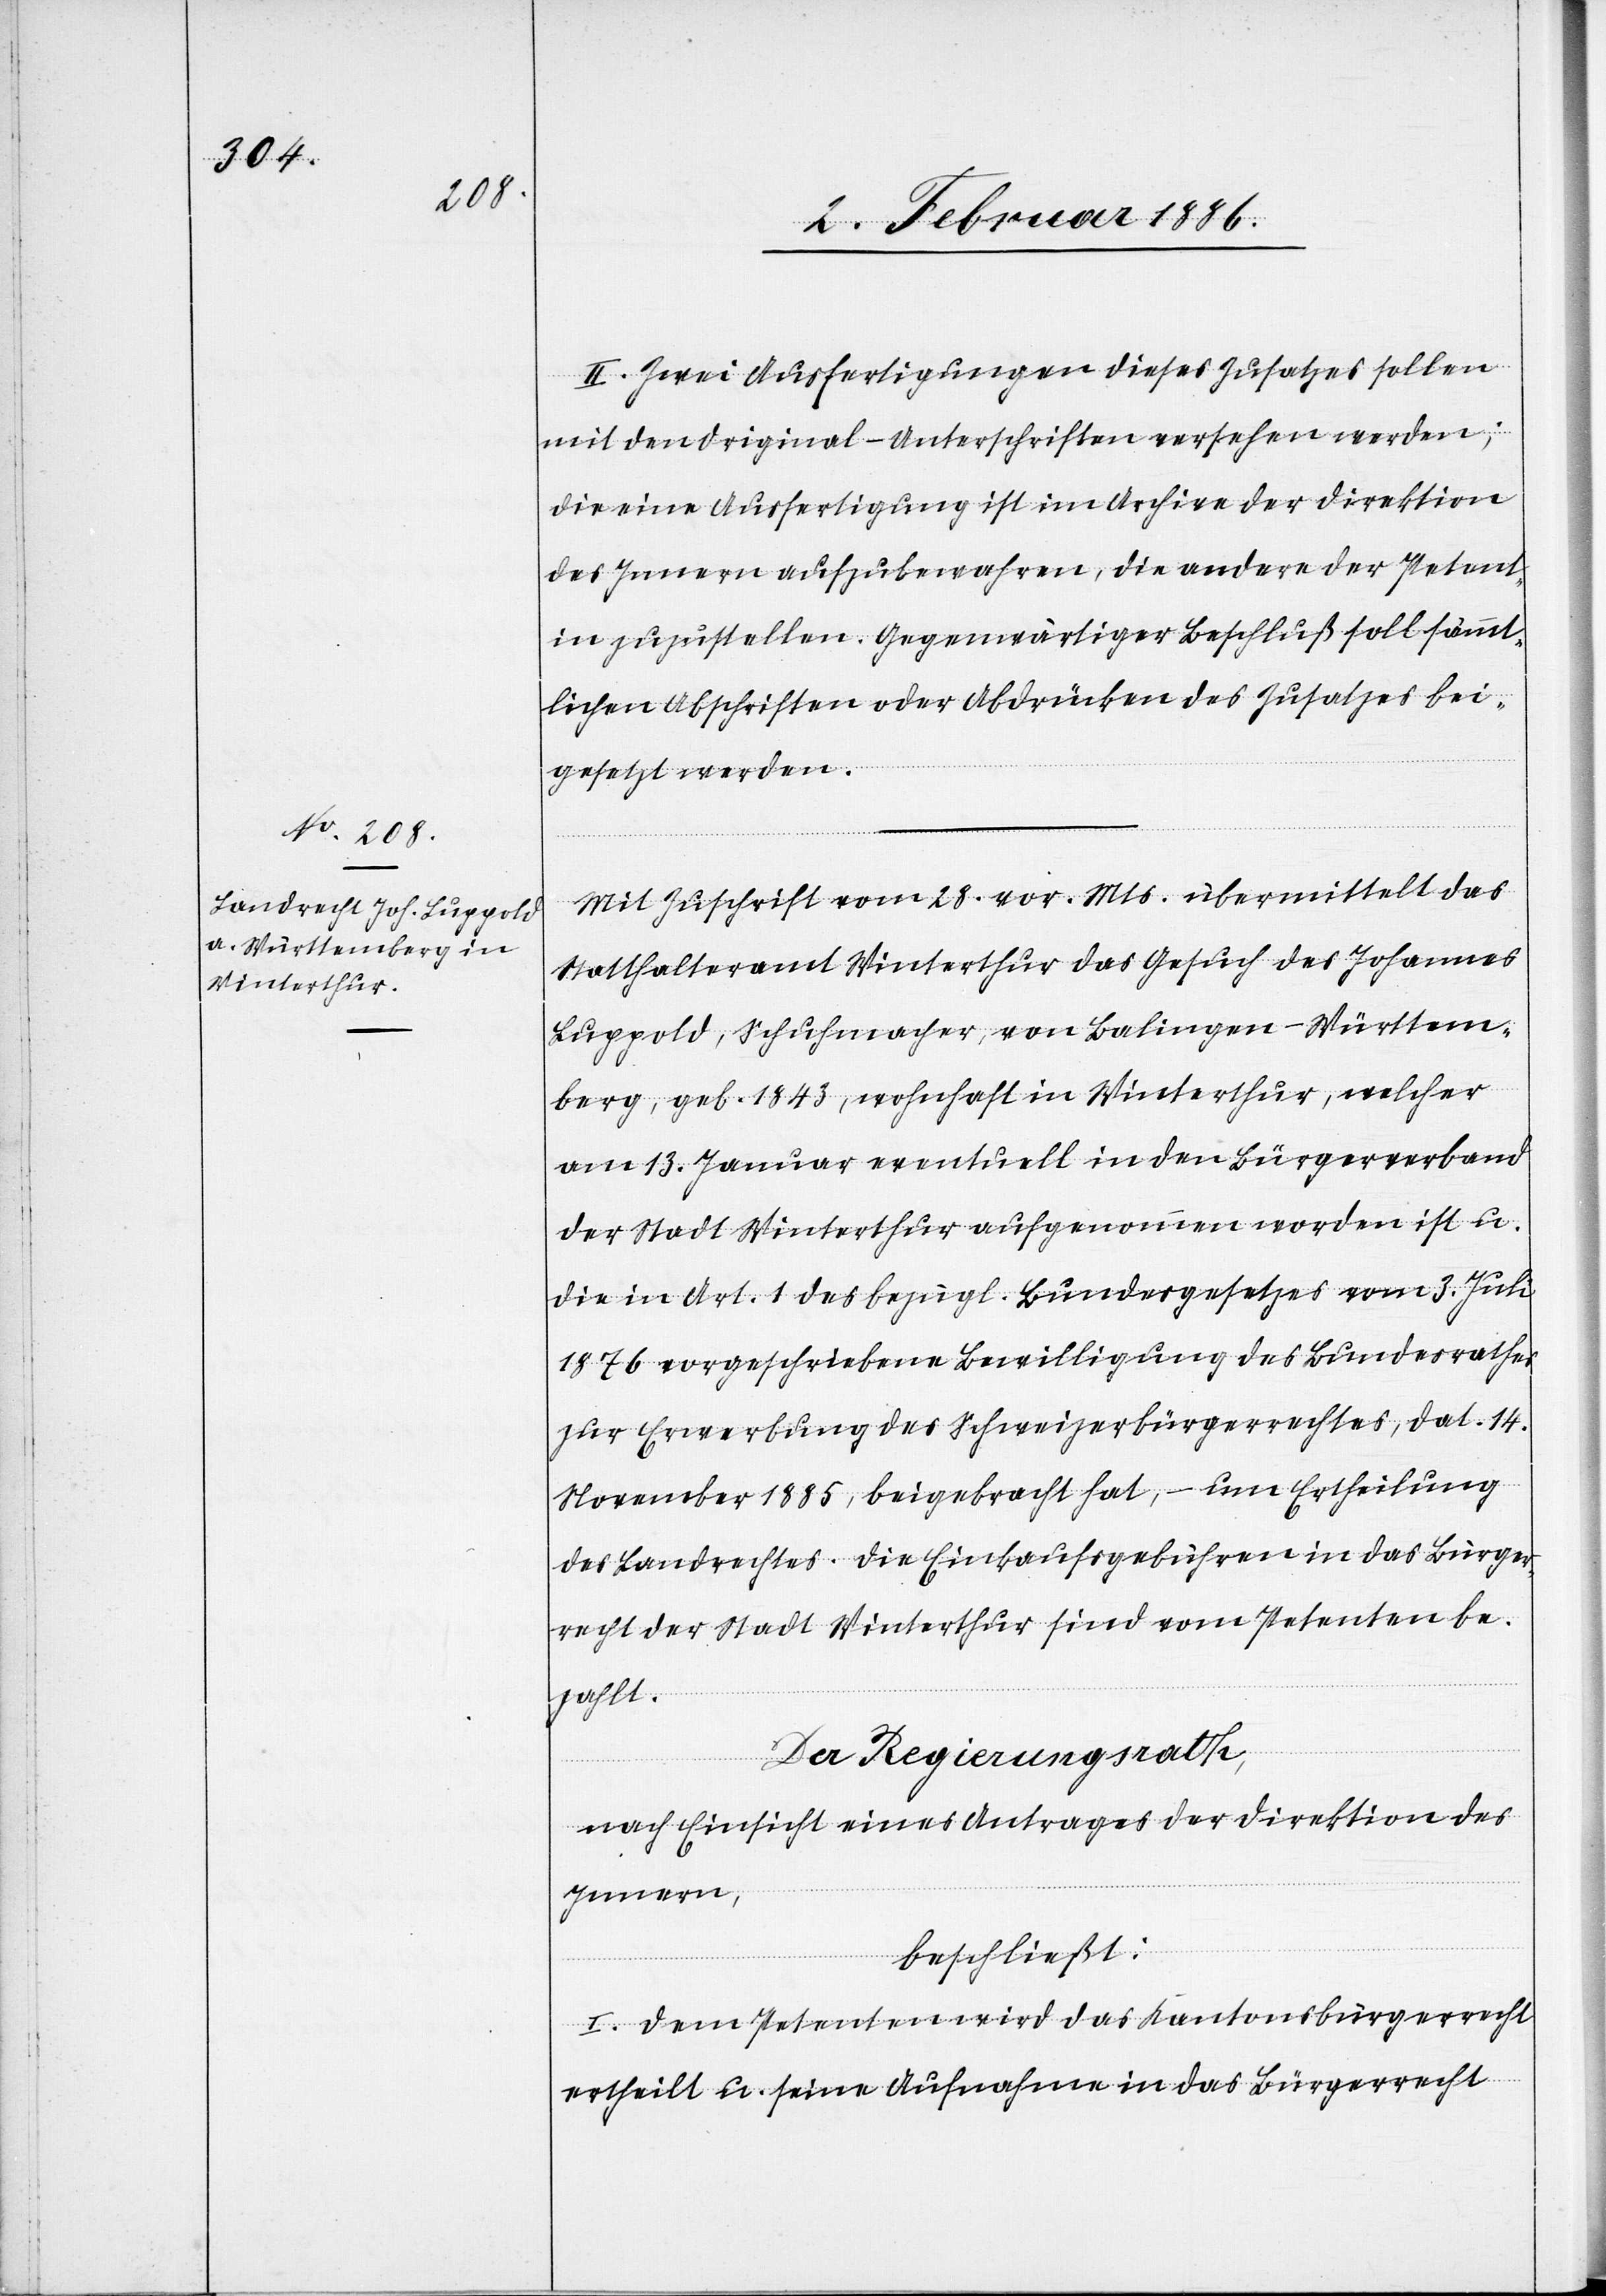
II. Zwei Ausfertigungen dieses Zusatzes sollen
mit den Original-Unterschriften versehen werden;
die eine Ausfertigung ist im Archive der Direktion
des Innern aufzubewahren, die andere der Petent¬
in zuzustellen. Gegenwärtiger Beschluß soll sämmt¬
lichen Abschriften oder Abdrücken des Zusatzes bei¬
gesetzt werden.
Mit Zuschrift vom 28. vor. Mts. übermittelt das
Statthalteramt Winterthur das Gesuch des Johannes
Luppold, Schuhmacher, von Balingen - Württem¬
berg, geb. 1843, wohnhaft in Winterthur, welcher
am 13. Januar eventuell in den Bürgerverband
der Stadt Winterthur aufgenommen worden ist u.
die in Art. 1 des bezügl. Bundesgesetzes vom 3. Juli
1876 vorgeschriebene Bewilligung des Bundesrathes
zur Erwerbung des Schweizerbürgerrechtes, dat. 14.
November 1885, beigebracht hat, – um Ertheilung
des Landrechtes. Die Einkaufsgebühren in das Bürger¬
recht der Stadt Winterthur sind vom Petenten be¬
zahlt.
Der Regierungsrath,
nach Einsicht eines Antrages der Direktion des
Innern,
beschließt:
I. Dem Petenten wird das Kantonsbürgerrecht
ertheilt u. seine Aufnahme in das Bürgerrecht